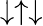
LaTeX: \downarrow\uparrow\downarrow